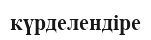
күрделендіре